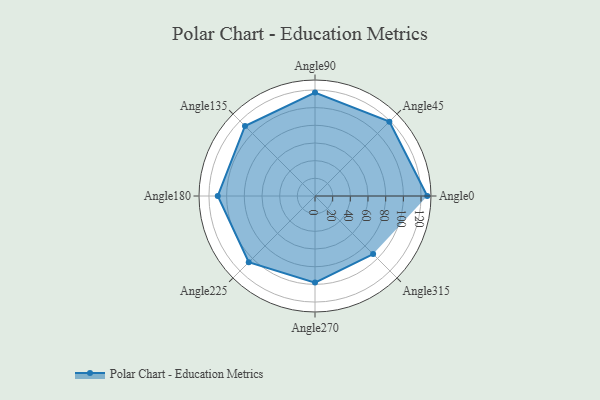
{"axis": {"x": "Angle", "y": "Radius"}, "legend": [""], "data": [{"x": "Angle0", "y": 127.0, "type": ""}, {"x": "Angle45", "y": 119.0, "type": ""}, {"x": "Angle90", "y": 117.0, "type": ""}, {"x": "Angle135", "y": 112.0, "type": ""}, {"x": "Angle180", "y": 110.0, "type": ""}, {"x": "Angle225", "y": 106.0, "type": ""}, {"x": "Angle270", "y": 98.0, "type": ""}, {"x": "Angle315", "y": 93.0, "type": ""}]}